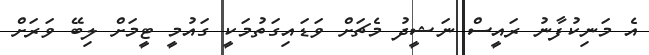
އެ މަނިކުފާނު ރައީސް ނަޝީދު މެޗަށް ވަޑައިގަތުމަކީ ގައުމީ ޓީމަށް ލިބޭ ވަރަށް